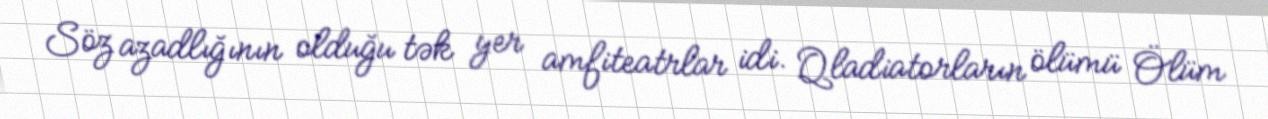
Söz azadlığının olduğu tək yer amfiteatrlar idi. Qladiatorların ölümü Ölüm